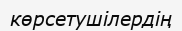
көрсетушілердің